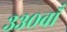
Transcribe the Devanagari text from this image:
३३०वाँ